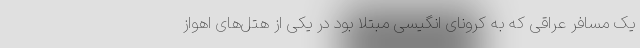
یک مسافر عراقی که به کرونای انگیسی مبتلا بود در یکی از هتل‌های اهواز